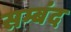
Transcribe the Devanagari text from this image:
सम्बंद